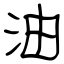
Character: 油